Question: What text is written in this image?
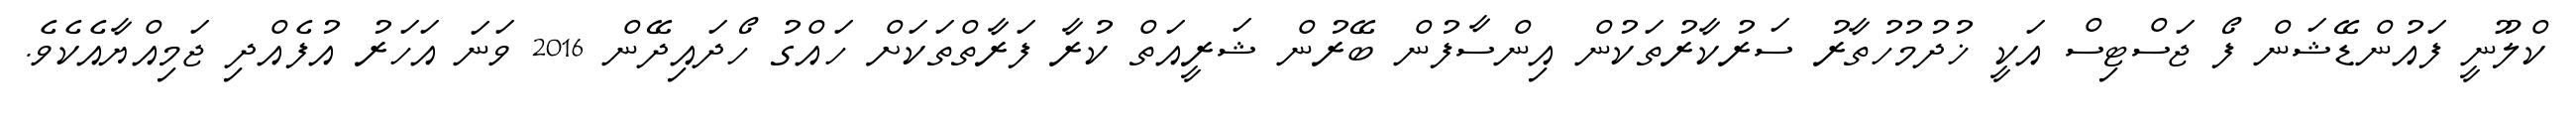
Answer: ކްލޫނީ ފައުންޑޭޝަން ފޯ ޖަސްޓިސް އަކީ ޚުދުމުހުތާރު ސަރުކާރުތަކުން އިންސާފުން ބޭރުން ޝަރީއަތް ކުރާ ފަރާތްތަކަށް ހައްގު ހޯދައިދޭން 2016 ވަނަ އަހަރު އުފެއްދި ޖަމިއްޔާއެކެވެ.